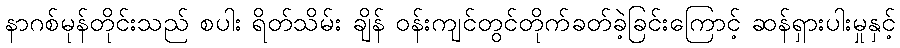
နာဂစ်မုန်တိုင်းသည် စပါး ရိတ်သိမ်း ချိန် ဝန်းကျင်တွင်တိုက်ခတ်ခဲ့ခြင်းကြောင့် ဆန်ရှားပါးမှုနှင့်